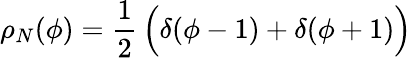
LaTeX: \rho_{N}(\phi)={\frac{1}{2}}\, \Bigl(\delta(\phi-1)+\delta(\phi+1)\Bigr)